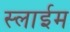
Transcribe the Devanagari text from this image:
स्लाईम